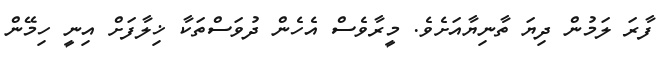
ފާރަ ލަމުން ދިޔަ ތާނިޔާއަށެވެ. މީރާވެސް އެހެން ދުވަސްތަކާ ޚިލާފަށް އިނީ ހިމޭން